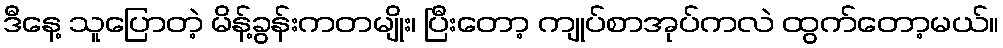
ဒီနေ့ သူပြောတဲ့ မိန့်ခွန်းကတမျိုး၊ ပြီးတော့ ကျုပ်စာအုပ်ကလဲ ထွက်တော့မယ်။